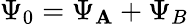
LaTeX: \Psi_{0}=\Psi_{\mathbf{A}}+\Psi_{B}